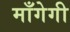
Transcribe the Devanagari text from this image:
माँगेगी